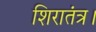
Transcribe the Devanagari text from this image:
शिरातंत्र।